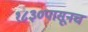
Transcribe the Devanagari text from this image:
१८३०पासूनच